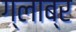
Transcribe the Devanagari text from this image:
ग्लाब्र